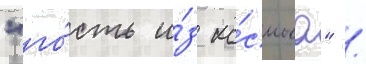
"го́сть и́з ко́смоса" /